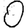
Digit: 0